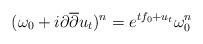
LaTeX: \begin{align*} (\omega_0 + i\partial \overline{\partial} u_t)^n = e^{tf_0 + u_t} \omega_0^n \end{align*}